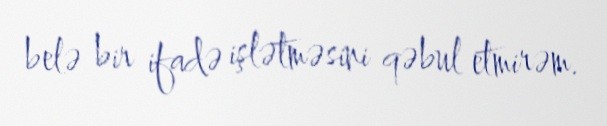
belə bir ifadə işlətməsini qəbul etmirəm.